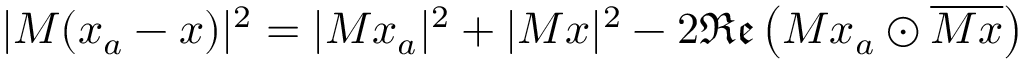
| M ( x _ { a } - x ) | ^ { 2 } = | M x _ { a } | ^ { 2 } + | M x | ^ { 2 } - 2 \mathfrak { R e } \left( M x _ { a } \odot \overline { { M x } } \right)